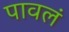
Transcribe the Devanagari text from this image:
पावलं